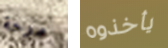
مرحة يأخذوه